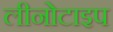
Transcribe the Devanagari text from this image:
लीनोटाइप